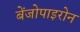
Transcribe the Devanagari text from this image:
बेंजोपाइरोन